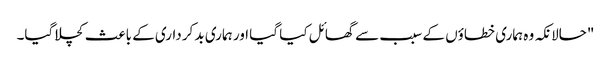
"حالانکہ وہ ہماری خطاؤں کے سبب سے گھائل کیا گیا اور ہماری بد کرداری کے باعث کچلا گیا۔